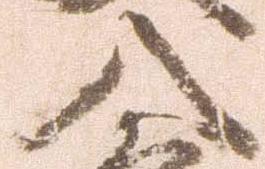
入